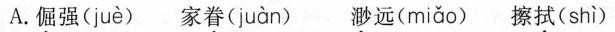
A.倔强( juè ) 家眷( juàn ) 渺远( miǎo ) 擦拭( shì )